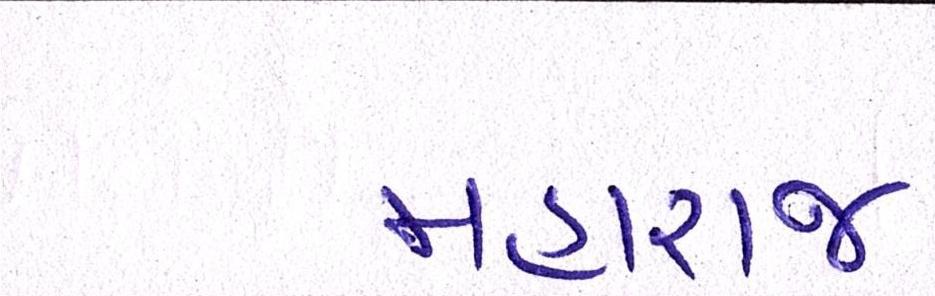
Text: મહારાજ